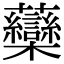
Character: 虊